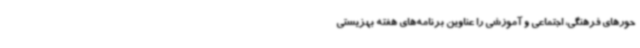
حورهای فرهنگی، اجتماعی و آموزشی را عناوین برنامه‌های هفته بهزیستی